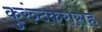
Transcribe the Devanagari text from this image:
कुरुंदकरांसह